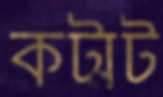
কট্মট